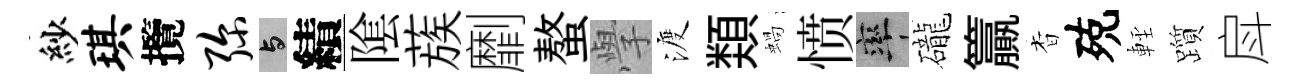
紗琪攬弥与績隂蔟劘螯𭓕渡𩔖蝸愤率礲籯杳殑䡖躓戽